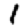
Digit: 1